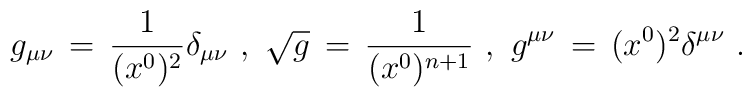
g_{\mu\nu}\,=\,{1\over (x^0)^2} \delta_{\mu\nu}\,\,,\,\,\sqrt{g}\,=\,{1\over (x^0)^{n+1}}\,\,,\,\,g^{\mu\nu}\,=\, (x^0)^2 \delta^{\mu\nu}\,\,.